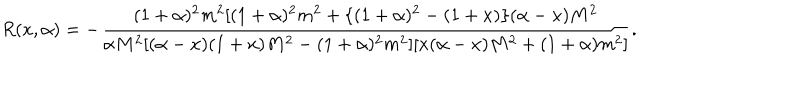
LaTeX: R ( x , \alpha ) = - \frac { ( 1 + \alpha ) ^ { 2 } m ^ { 2 } [ ( 1 + \alpha ) ^ { 2 } m ^ { 2 } + \{ ( 1 + \alpha ) ^ { 2 } - ( 1 + x ) \} ( \alpha - x ) M ^ { 2 } } { \alpha M ^ { 2 } [ ( \alpha - x ) ( 1 + x ) M ^ { 2 } - ( 1 + \alpha ) ^ { 2 } m ^ { 2 } ] [ x ( \alpha - x ) M ^ { 2 } + ( 1 + \alpha ) m ^ { 2 } ] } .